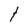
Character: t